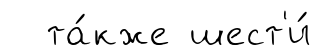
та́кже шест'и́